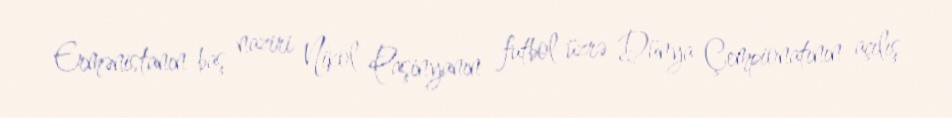
Ermənistanın baş naziri Nikol Paşinyanın futbol üzrə Dünya Çempionatının açılış